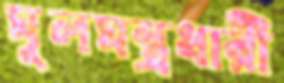
মূলমন্ত্রধারী